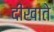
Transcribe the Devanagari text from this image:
दीखाते